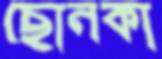
ছোনকা